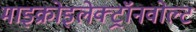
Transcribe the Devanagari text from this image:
माइक्रोइलेक्ट्रॉनवोल्ट